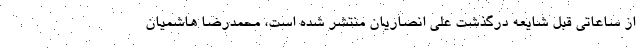
از ساعاتی قبل شایعه درگذشت علی انصاریان منتشر شده است، محمدرضا هاشمیان